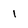
Character: 1